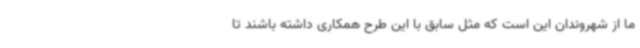
ما از شهروندان این است که مثل سابق با این طرح همکاری داشته باشند تا